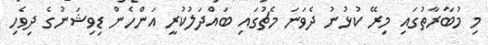
މި މުބާރާތުގައި މިރޭ ކުޅުނު ދެވަނަ މެޗުގައި ބައްދަލުކުރީ އަންހެން ޑިވިޝަނުގެ ދިވެހި